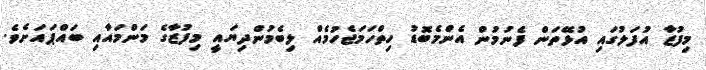
މިފުޒާ އުފަލުގައި އުޅޭތަން ފެނުމުން އެންމެބޮޑު ހިތްހަމަޖެހުމެއް ލިބެމުންދިޔައީ މިފުޒާގެ މަންމައާއި ބައްޕައަށެވެ.